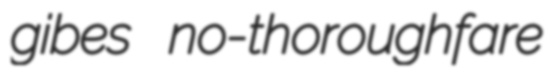
gibes no-thoroughfare